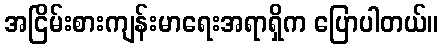
အငြိမ်းစားကျန်းမာရေးအရာရှိက ပြောပါတယ်။